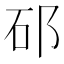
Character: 䂙